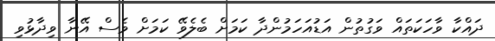
ދައްކާ ވާހަކަތައް ވަގުތުން އަޑުއަހަމުންދާ ކަމަށް ބެލެވޭ ކަމަށް ވެސް އޭނާ ވިދާޅުވި